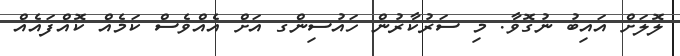
ލޮލަށް އައިބު ނުގޮވާ. މި ސަރުކާރުން ހައުސިންގ އަށް އެއްވެސް ކަމެއް ކޮއްފައެއް